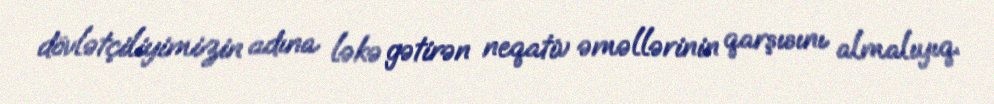
dövlətçiliyimizin adına ləkə gətirən neqativ əməllərinin qarşısını almalıyıq.